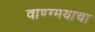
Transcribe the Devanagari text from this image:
वाण्ग्मयाचा